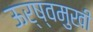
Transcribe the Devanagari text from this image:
ऊर्ष्वमुखी